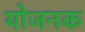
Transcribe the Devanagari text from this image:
योजनक